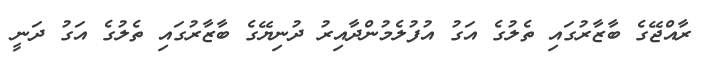
ރާއްޖޭގެ ބާޒާރުގައި ތެލުގެ އަގު އުފުލެމުންދާއިރު ދުނިޔޭގެ ބާޒާރުގައި ތެލުގެ އަގު ދަނީ